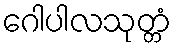
ဂေါပါလသုတ္တံ